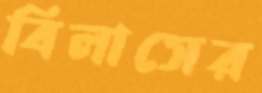
বিলাসের